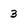
Character: 3